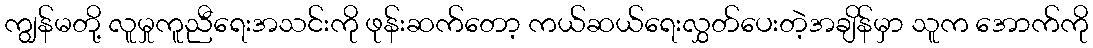
ကျွန်မတို့ လူမှုကူညီရေးအသင်းကို ဖုန်းဆက်တော့ ကယ်ဆယ်ရေးလွှတ်ပေးတဲ့အချိန်မှာ သူက အောက်ကို